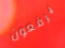
يرفعون